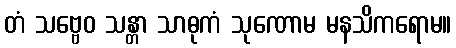
တံ သဗ္ဗေဝ သန္တာ သာဓုကံ သုဏောမ မနသိကရောမ။